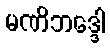
မဏိဘဒ္ဒေါ